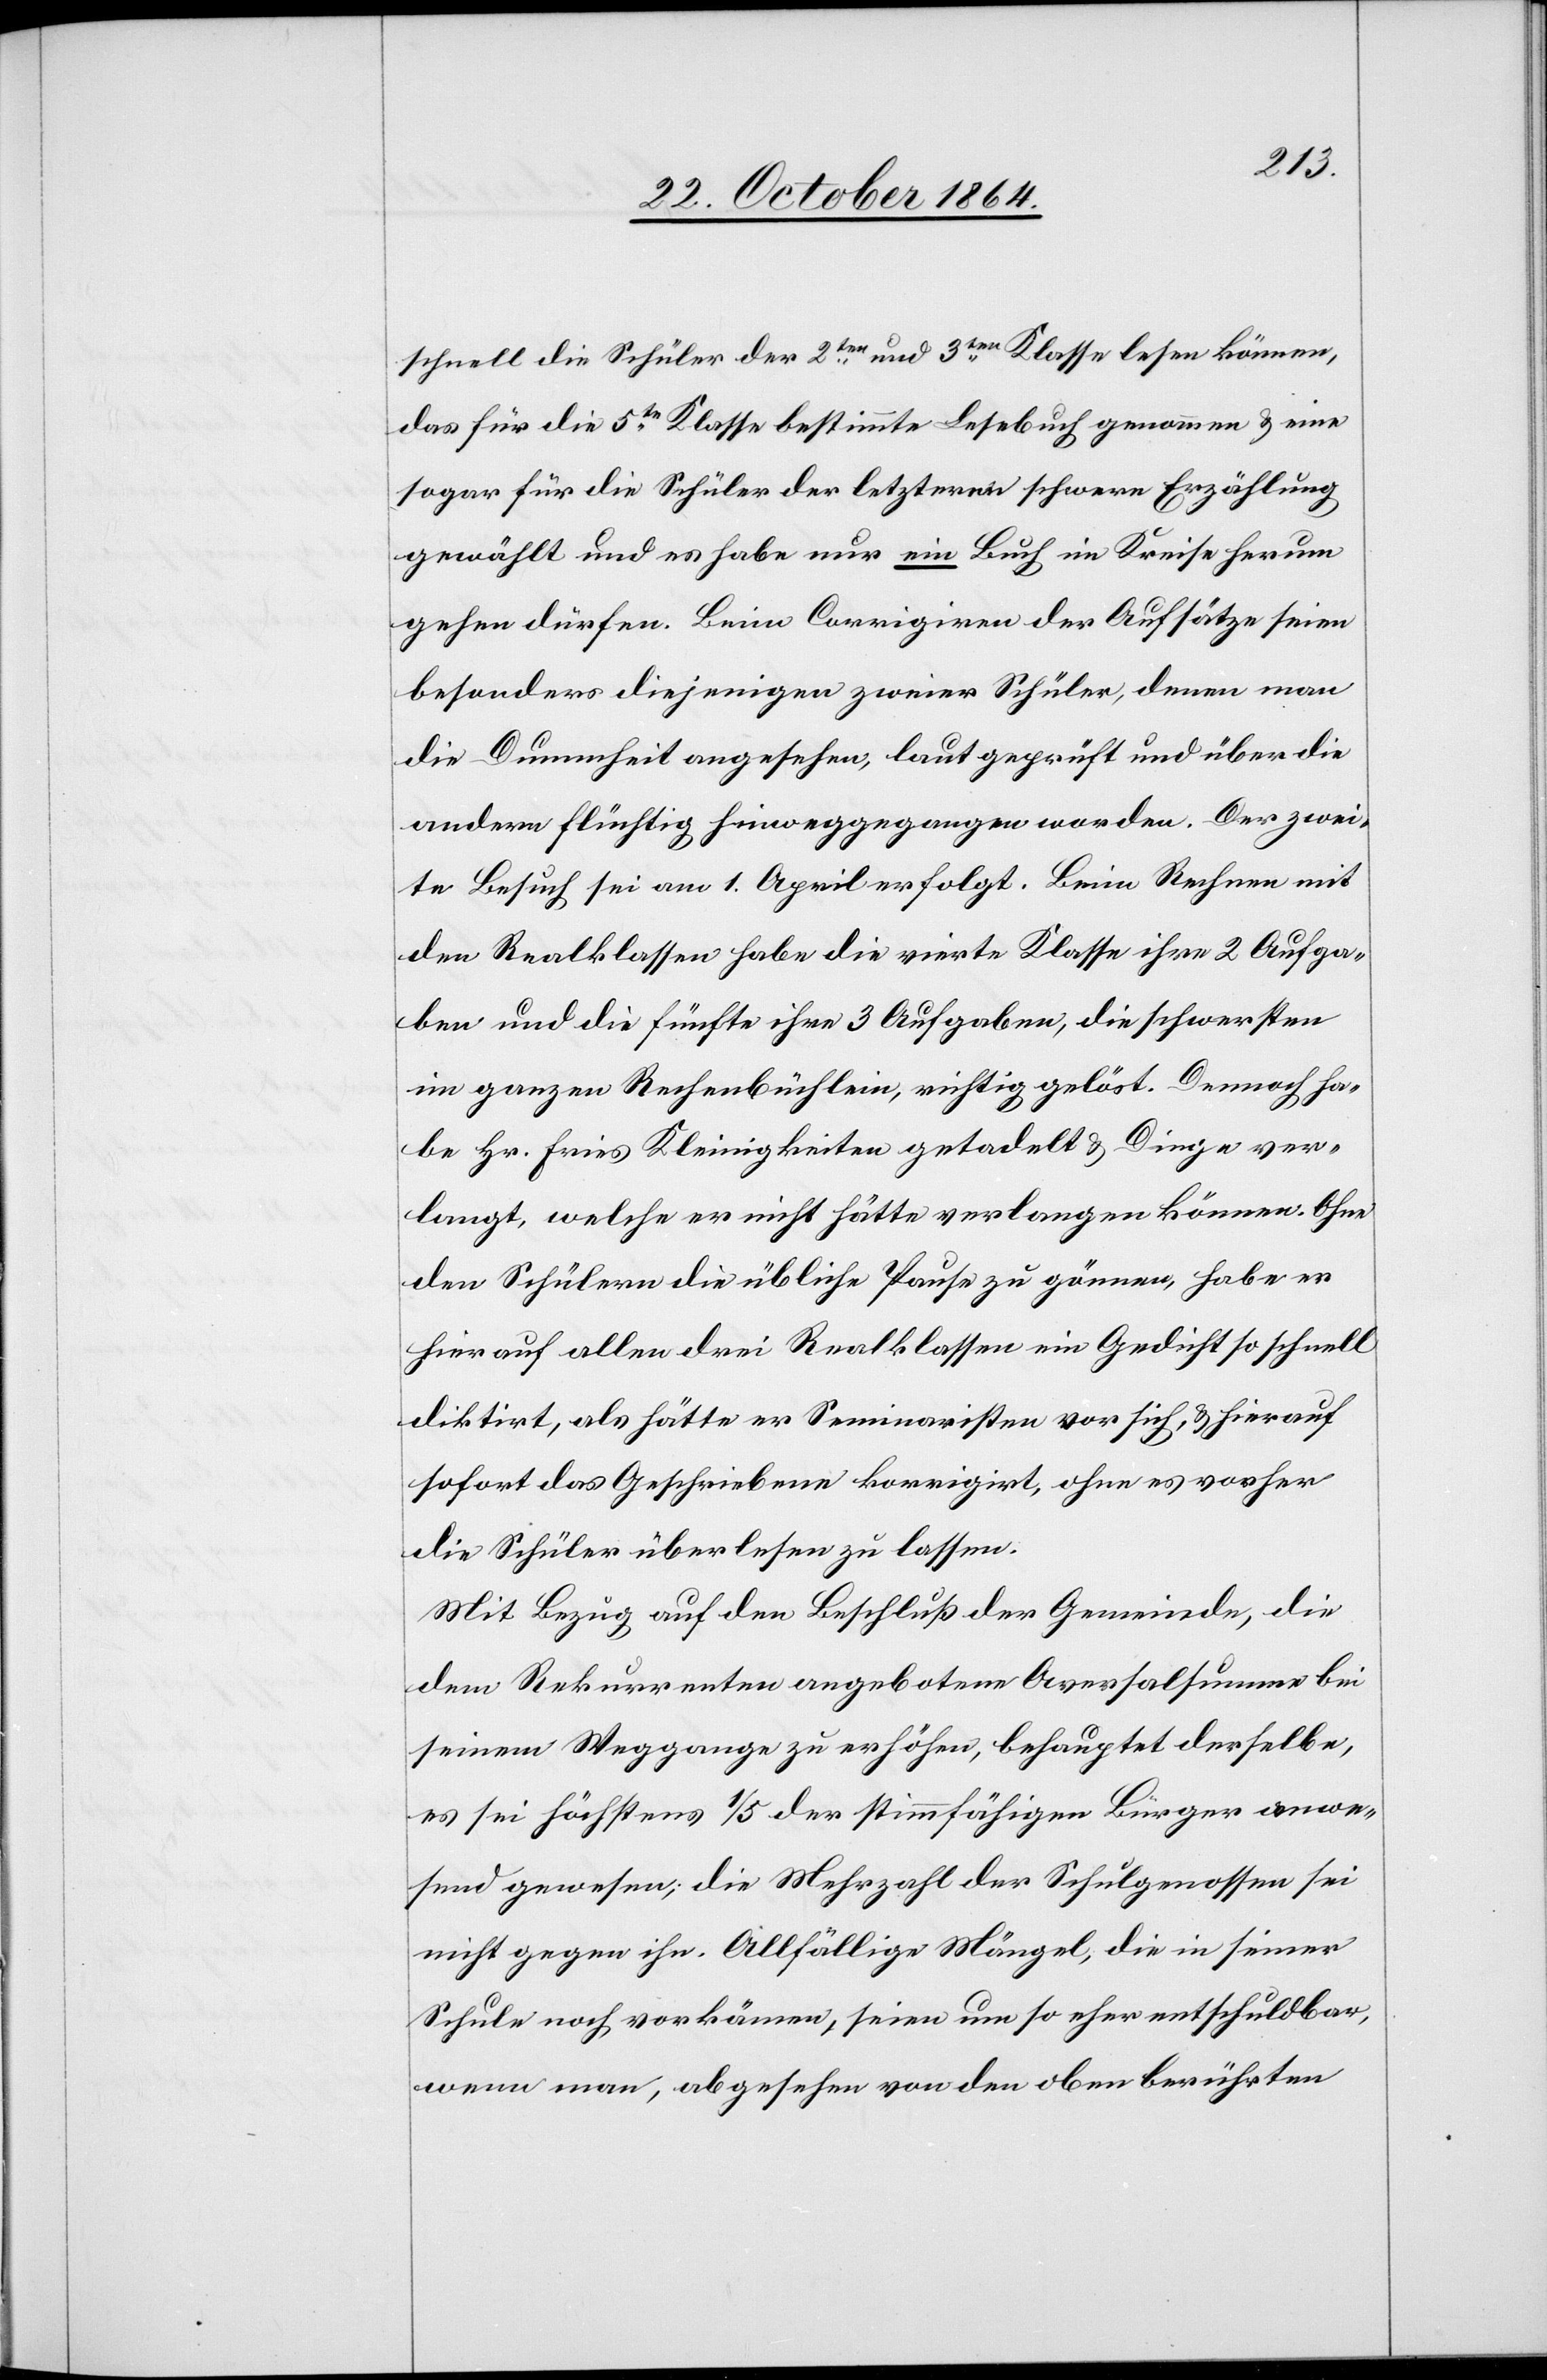
schnell die Schüler der 2ten und 3ten Klasse lesen können,
das für die 5te Klasse bestimmte Lesebuch genommen & eine
sogar für die Schüler der letzternn [sic!] schwere Erzählung
gewählt und es habe nur ein Buch im Kreise herum
gehen dürfen. Beim Corrigiren der Aufsätze seien
besonders diejenigen zweier Schüler, denen man
die Dummheit angesehen, laut geprüft und über die
andern flüchtig hinweggegangen worden. Der zwei¬
te Besuch sei am 1. April erfolgt. Beim Rechnen mit
den Realklassen habe die vierte Klasse ihre 2 Aufga¬
ben und die fünfte ihre 3 Aufgaben, die schwersten
im ganzen Rechenbüchlein, richtig gelöst. Dennoch ha¬
be Hr. Fries Kleinigkeiten getadelt & Dinge ver¬
langt, welche er nicht hätte verlangen können. Ohne
den Schülern die übliche Pause zu gönnen, habe er
hierauf allen drei Realklassen ein Gedicht so schnell
diktirt, als hätte er Seminaristen vor sich & hierauf
sofort das Geschriebene korrigirt, ohne es vorher
die Schüler überlesen zu lassen.
Mit Bezug auf den Beschluß der Gemeinde, die
dem Rekurrenten angebotene Aversalsumme bei
seinem Weggange zu erhöhen, behauptet derselbe,
es sei höchstens 1/5 der stimmfähigen Bürger anwe¬
send gewesen, die Mehrzahl der Schulgenossen sei
nicht gegen ihn. Allfällige Mängel, die in seiner
Schule noch vorkämen, seien um so eher entschuldbar,
wenn man, abgesehen von den oben berührten